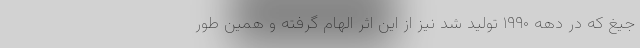
جیغ که در دهه ۱۹۹۰ تولید شد نیز از این اثر الهام گرفته و همین طور